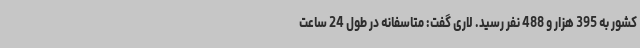
کشور به 395 هزار و 488 نفر رسید. لاری گفت: متاسفانه در طول 24 ساعت